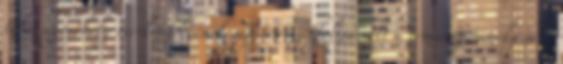
tehetségműhely tevékenységének sajátos színfoltja volt a témanap, amely arra